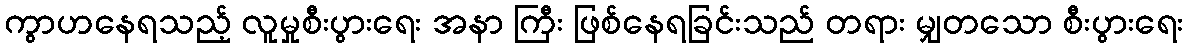
ကွာဟနေရသည့် လူမှုစီးပွားရေး အနာ ကြီး ဖြစ်နေရခြင်းသည် တရား မျှတသော စီးပွားရေး